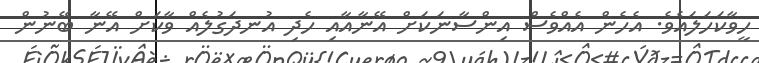
ހީވާކަހަލައެވެ. އެހެން އެއްވެސް އިންސާނަކަށް އޭނާއާއި ހެދި އުނދަގުލެއް ވާކަށް އޭނާ ބޭނުން